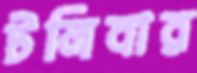
টলিবার